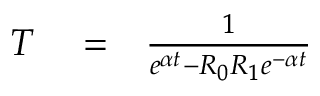
\begin{array} { r l r } { T } & { { } = } & { \frac { 1 } { e ^ { \alpha t } - R _ { 0 } R _ { 1 } e ^ { - \alpha t } } } \end{array}